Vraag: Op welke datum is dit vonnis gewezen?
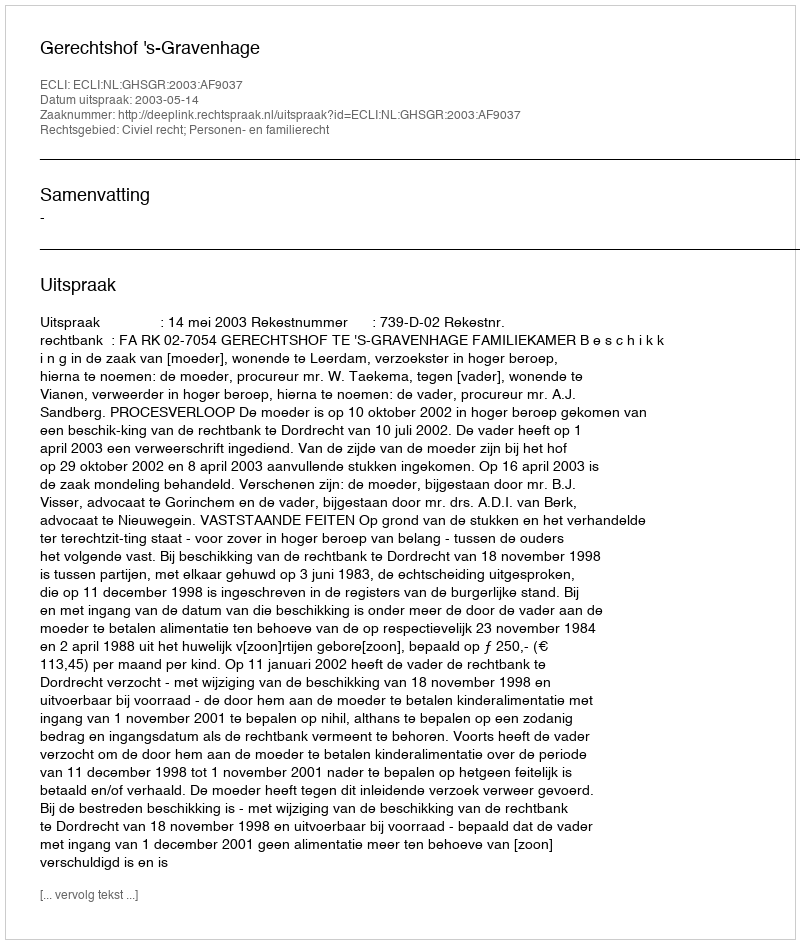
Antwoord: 2003-05-14